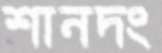
শানদং